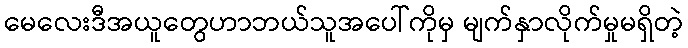
မေလေးဒီအယူတွေဟာဘယ်သူအပေါ်ကိုမှ မျက်နှာလိုက်မှုမရှိတဲ့